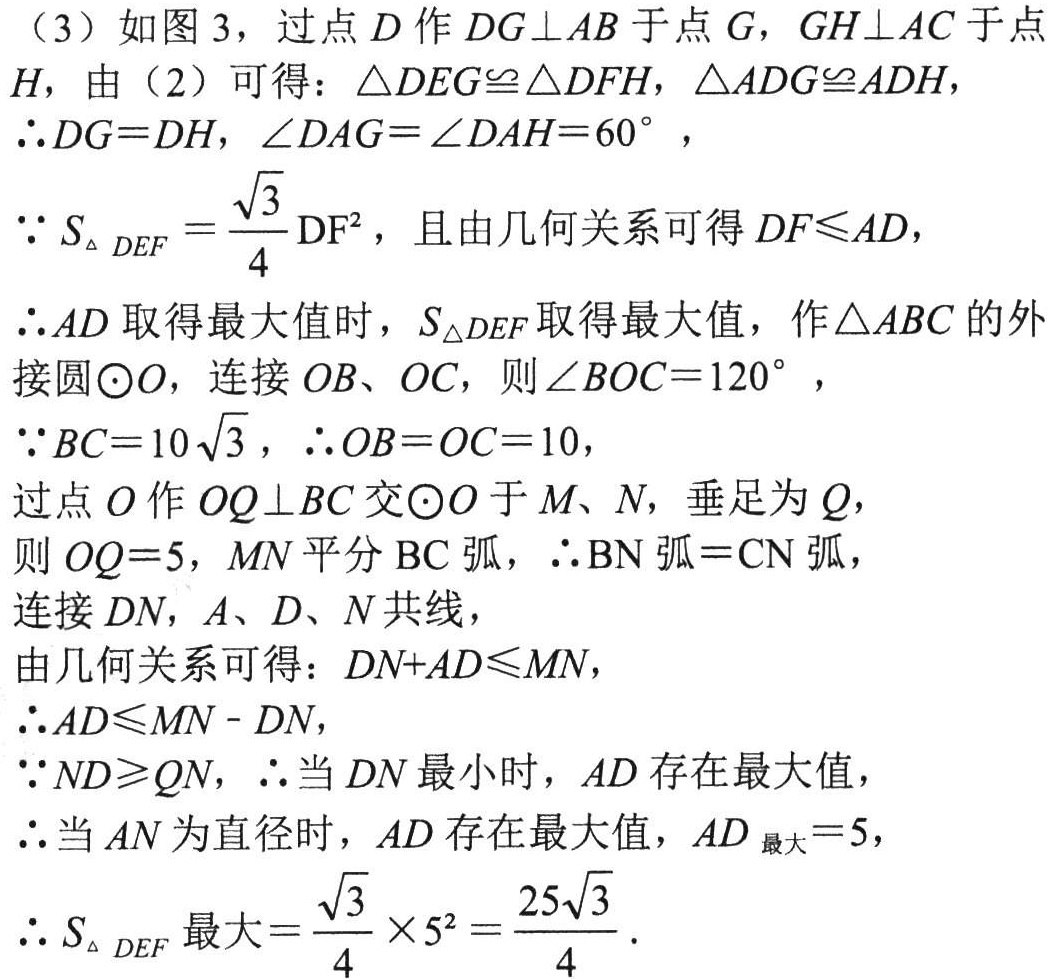
（3）如图3，过点\(D\)作\(DG\perp AB\)于点\(G\)，\(GH\perp AC\)于点\(H\)，由（2）可得：\(\triangle DEG\cong\triangle DFH\)，\(\triangle ADG\cong ADH\)，
\(\therefore DG = DH\)，\(\angle DAG=\angle DAH = 60^{\circ}\)，
\(\because S_{\triangle DEF}=\dfrac{\sqrt{3}}{4}\text{DF}^{2}\)，且由几何关系可得\(DF\leqslant AD\)，
\(\therefore AD\)取得最大值时，\(S_{\triangle DEF}\)取得最大值，作\(\triangle ABC\)的外接圆\(\odot O\)，连接\(OB、OC\)，则\(\angle BOC = 120^{\circ}\)，
\(\because BC = 10\sqrt{3}\)，\(\therefore OB = OC = 10\)，
过点\(O\)作\(OQ\perp BC\)交\(\odot O\)于\(M、N\)，垂足为\(Q\)，
则\(OQ = 5\)，\(MN\)平分\(BC\)弧，\(\therefore \overset{\frown}{BN}=\overset{\frown}{CN}\)，
连接\(DN\)，\(A、D、N\)共线，
由几何关系可得：\(DN + AD\leqslant MN\)，
\(\therefore AD\leqslant MN - DN\)，
\(\because ND\geqslant QN\)，\(\therefore\)当\(DN\)最小时，\(AD\)存在最大值，
\(\therefore\)当\(AN\)为直径时，\(AD\)存在最大值，\(AD_{最大}=5\)，
\(\therefore S_{\triangle DEF最大}=\dfrac{\sqrt{3}}{4}\times5^{2}=\dfrac{25\sqrt{3}}{4}\)．